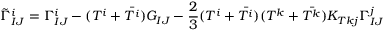
\tilde { \Gamma } _ { I J } ^ { i } = \Gamma _ { I J } ^ { i } - ( T ^ { i } + \bar { T ^ { i } } ) G _ { I J } - { \frac { 2 } { 3 } } ( T ^ { i } + \bar { T ^ { i } } ) ( T ^ { k } + \bar { T ^ { k } } ) K _ { T k j } \Gamma _ { I J } ^ { j }